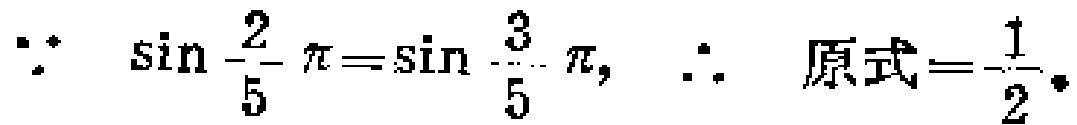
\(\because \sin\frac{2}{5}\pi = \sin\frac{3}{5}\pi, \therefore 原式 = -\frac{1}{2}\)